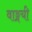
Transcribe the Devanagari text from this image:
वाङ्मयी